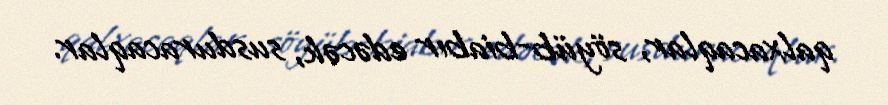
qalxacaqlar, söyüb-biabır edəcək, susduracaqlar.